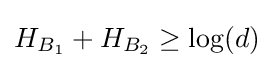
H_{B_{1}}+H_{B_{2}}\geq \log(d)